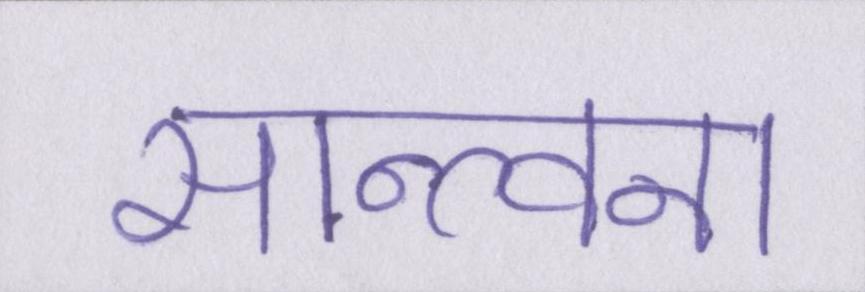
सान्त्वना